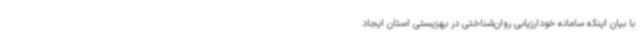
با بیان اینکه سامانه خودارزیابی روان‌شناختی در بهزیستی استان ایجاد